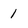
Character: 1